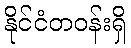
နိုင်ငံတဝန်းရှိ